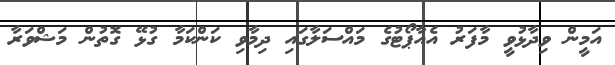
އަމީން ވިދާޅުވީ މާފަރު އެއާޕޯޓުގެ މައްސަލާގައި ދިމާވި ކަންކަމާ ގުޅޭ ގޮތުން މަޝްވަރާ